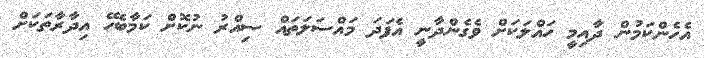
އެހެންކަމުން ދާއިމީ ހައްލަކަށް ވެގެންދާނީ އެފަދަ މައްސަލަތައް ސިއްރު ނުކޮށް ކަމާބެހޭ އިދާރާތަކަށް